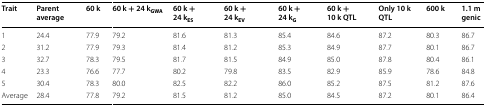
| Trait | Parent average | 60 k | 60 k + 24 kGWA | 60 k + 24 kES | 60 k + 24 kEV | 60 k + 24 kG | 60 k + 10 k QTL | Only 10 k QTL | 600 k | 1.1 m genic |
 | --- | --- | --- | --- | --- | --- | --- | --- | --- | --- | --- |
 | 1 | 24.4 | 77.9 | 79.2 | 81.6 | 81.3 | 85.4 | 84.6 | 87.2 | 80.3 | 86.7 |
 | 2 | 31.2 | 77.9 | 79.3 | 81.4 | 81.2 | 85.3 | 84.9 | 87.7 | 80.1 | 86.7 |
 | 3 | 32.7 | 78.3 | 79.5 | 81.7 | 81.5 | 84.9 | 85.0 | 87.8 | 80.4 | 86.1 |
 | 4 | 23.3 | 76.6 | 77.7 | 80.2 | 79.8 | 83.5 | 82.9 | 85.9 | 78.6 | 84.8 |
 | 5 | 30.4 | 78.3 | 80.0 | 82.5 | 82.2 | 86.0 | 85.2 | 87.5 | 81.2 | 87.6 |
 | Average | 28.4 | 77.8 | 79.2 | 81.5 | 81.2 | 85.0 | 84.5 | 87.2 | 80.1 | 86.4 |